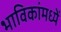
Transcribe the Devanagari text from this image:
भाविकांमध्यें